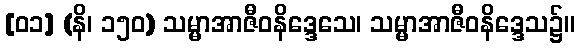
[၀၁] (နိ၊ ၁၅၀) သမ္မာအာဇီဝနိဒ္ဒေသေ၊ သမ္မာအာဇီဝနိဒ္ဒေသ၌။